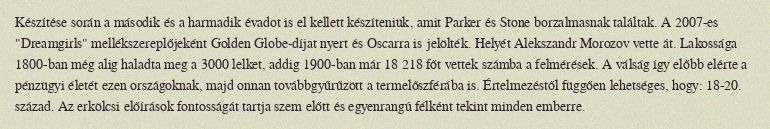
Készítése során a második és a harmadik évadot is el kellett készíteniük, amit Parker és Stone borzalmasnak találtak. A 2007-es "Dreamgirls" mellékszereplőjeként Golden Globe-díjat nyert és Oscarra is jelölték. Helyét Alekszandr Morozov vette át. Lakossága 1800-ban még alig haladta meg a 3000 lelket, addig 1900-ban már 18 218 főt vettek számba a felmérések. A válság így előbb elérte a pénzügyi életét ezen országoknak, majd onnan továbbgyűrűzött a termelőszférába is. Értelmezéstől függően lehetséges, hogy: 18-20. század. Az erkölcsi előírások fontosságát tartja szem előtt és egyenrangú félként tekint minden emberre.